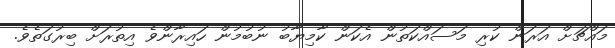
މައްޗަށް އަރަން ކުރި މަސައްކަތުން އެކަން ކާމިޔާބު ނުބުމުން ހައިރާންވެ އިތުރަށް ބިރުގަތެވެ.